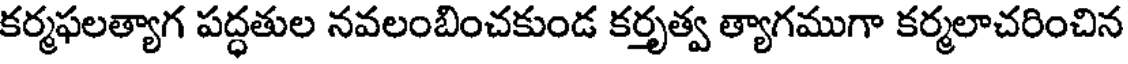
కర్మఫలత్యాగ పద్ధతుల నవలంబించకుండ కర్తృత్వ త్యాగముగా కర్మలాచరించిన